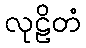
လုဠိတံ